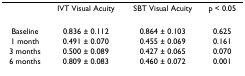
<table><thead><tr><td></td><td><b>IVT Visual Acuity</b></td><td><b>SBT Visual Acuity</b></td><td><b>p &lt; 0.05</b></td></tr></thead><tbody><tr><td>Baseline</td><td>0.836 ± 0.112</td><td>0.864 ± 0.103</td><td>0.625</td></tr><tr><td>1 month</td><td>0.491 ± 0.070</td><td>0.455 ± 0.069</td><td>0.161</td></tr><tr><td>3 months</td><td>0.500 ± 0.089</td><td>0.427 ± 0.065</td><td>0.070</td></tr><tr><td>6 months</td><td>0.809 ± 0.083</td><td>0.460 ± 0.072</td><td>0.001</td></tr></tbody></table>